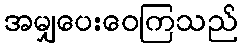
အမျှပေးဝေကြသည်